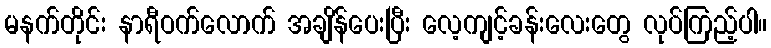
မနက်တိုင်း နာရီဝက်လောက် အချိန်ပေးပြီး လေ့ကျင့်ခန်းလေးတွေ လုပ်ကြည့်ပါ။